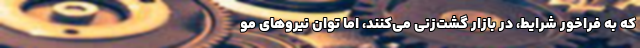
که به فراخور شرایط، در بازار گشت‌زنی می‌کنند، اما توان نیروهای مو